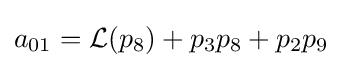
a_{01}={\mathcal {L}}(p_{8})+p_{3}p_{8}+p_{2}p_{9}